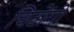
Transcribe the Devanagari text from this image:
चिटोंगो